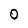
Character: O